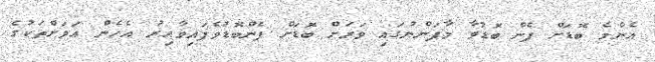
އެންމެ ބޮޑަށް ފެން ބޮޑުވާ މާފަންނުގައި ވަރަށް ބޮޑަށް ފެންބޮޑުވެފައިވާއިރު އެހެން އަވަށްތަކުގެ